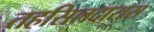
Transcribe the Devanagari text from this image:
तहसिलदारास